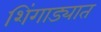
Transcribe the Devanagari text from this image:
शिंगाड्यात